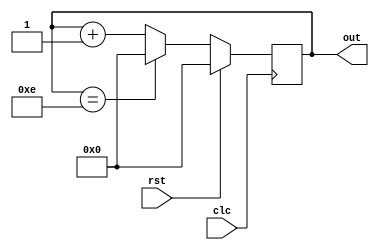
`timescale 1ns / 1ps
//////////////////////////////////////////////////////////////////////////////////
// Company: 
// Engineer: 
// 
// Design Name: 
// Module Name: mod_n
// Project Name: 
// Target Devices: 
// Tool Versions: 
// Description: 
// 
// Dependencies: 
// 
// Revision:
// Revision 0.01 - File Created
// Additional Comments:
// 
//////////////////////////////////////////////////////////////////////////////////


module mod_n(out,clc,rst);
parameter N=15;
parameter width=4;
output reg [width-1:0]out;
input clc,rst;
always@(posedge clc)
begin
if (rst)
begin
out=0;
end
else 
begin 
if (out==N-1)
out=0;
else
out=out+1;
end
end
endmodule